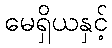
မေရှိယနှင့်